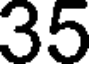
35